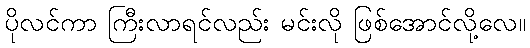
ပိုလင်ကာ ကြီးလာရင်လည်း မင်းလို ဖြစ်အောင်လို့လေ။